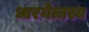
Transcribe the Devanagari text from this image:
धारयेत्तस्य